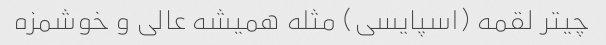
چیتر لقمه (اسپایسی) مثله همیشه عالی و خوشمزه